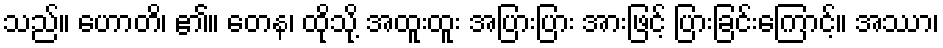
သည်။ ဟောတိ၊ ၏။ တေန၊ ထိုသို့ အထူးထူး အပြားပြား အားဖြင့် ပြားခြင်းကြောင့်။ အဿာ၊